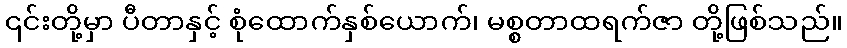
၎င်းတို့မှာ ပီတာနှင့် စုံထောက်နှစ်ယောက်၊ မစ္စတာထရက်ဇာ တို့ဖြစ်သည်။